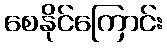
စေနိုင်ကြောင်း